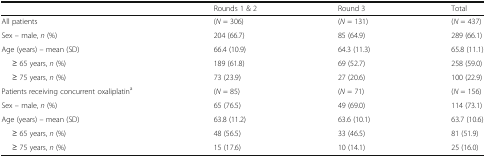
|  | Rounds 1 & 2 | Round 3 | Total |
 | --- | --- | --- | --- |
 | All patients | (N = 306) | (N = 131) | (N = 437) |
 | Sex – male, n (%) | 204 (66.7) | 85 (64.9) | 289 (66.1) |
 | Age (years) – mean (SD) | 66.4 (10.9) | 64.3 (11.3) | 65.8 (11.1) |
 | ≥ 65 years, n (%) | 189 (61.8) | 69 (52.7) | 258 (59.0) |
 | ≥ 75 years, n (%) | 73 (23.9) | 27 (20.6) | 100 (22.9) |
 | Patients receiving concurrent oxaliplatina | (N = 85) | (N = 71) | (N = 156) |
 | Sex – male, n (%) | 65 (76.5) | 49 (69.0) | 114 (73.1) |
 | Age (years) – mean (SD) | 63.8 (11.2) | 63.6 (10.1) | 63.7 (10.6) |
 | ≥ 65 years, n (%) | 48 (56.5) | 33 (46.5) | 81 (51.9) |
 | ≥ 75 years, n (%) | 15 (17.6) | 10 (14.1) | 25 (16.0) |